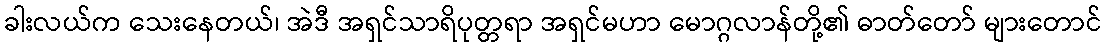
ခါးလယ်က သေးနေတယ်၊ အဲဒီ အရှင်သာရိပုတ္တရာ အရှင်မဟာ မောဂ္ဂလာန်တို့၏ ဓာတ်တော် များတောင်